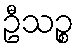
ဦသဉ္စ